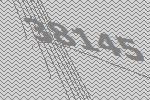
38145